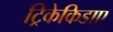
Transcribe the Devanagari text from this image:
ट्रिकेकिडाए